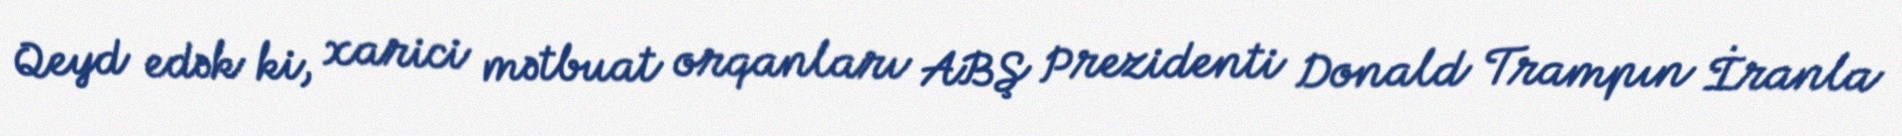
Qeyd edək ki, xarici mətbuat orqanları ABŞ Prezidenti Donald Trampın İranla